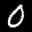
Label: 0